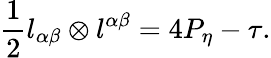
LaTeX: \frac{1}{2}l_{\alpha\beta}\otimes l^{\alpha\beta}=4P_{\eta}-\tau.